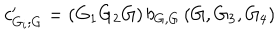
c _ { G _ { i } ; G } ^ { \prime } = ( G _ { 1 } G _ { 2 } G ) \, b _ { G , G } \, ( G , G _ { 3 } , G _ { 4 } )